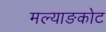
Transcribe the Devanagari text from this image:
मल्याङकोट